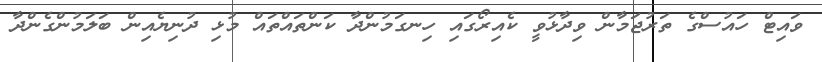
ވައިޓް ހައުސްގެ ތަރުޖަމާން ވިދާޅުވީ ކެއިރޯގައި ހިނގަމުންދާ ކަންތައްތައް މުޅި ދުނިޔެއިން ބަލަމުންގެންދާ